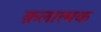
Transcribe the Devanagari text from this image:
क़लात्मक